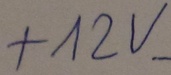
Text: +12V